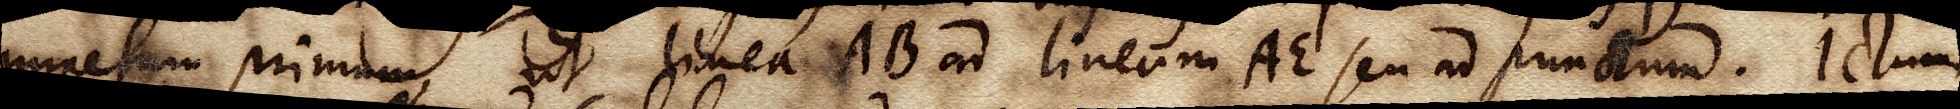
impetum primum, ut linea AB ad lineam AE seu ad punctum. Ictum